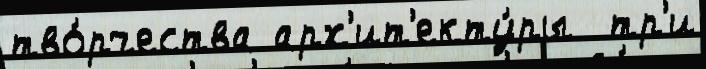
тво́рчества арх'ит'екту́ры  тр'и